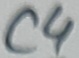
Text: C4